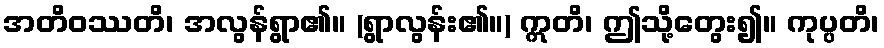
အတိဝဿတိ၊ အလွန်ရွာ၏။ (ရွာလွန်း၏။) ဣတိ၊ ဤသို့တွေး၍။ ကုပ္ပတိ၊